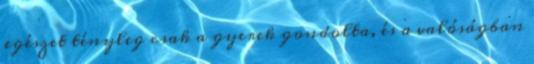
egészet tényleg csak a gyerek gondolta, és a valóságban